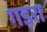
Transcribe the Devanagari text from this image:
गड़रा